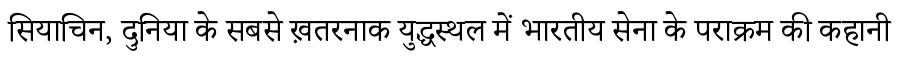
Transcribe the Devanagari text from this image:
सियाचिन, दुनिया के सबसे ख़तरनाक युद्धस्थल में भारतीय सेना के पराक्रम की कहानी